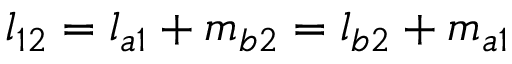
l _ { 1 2 } = l _ { a 1 } + m _ { b 2 } = l _ { b 2 } + m _ { a 1 }